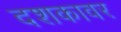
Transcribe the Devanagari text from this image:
दशकावर